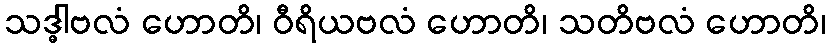
သဒ္ဓါဗလံ ဟောတိ၊ ဝီရိယဗလံ ဟောတိ၊ သတိဗလံ ဟောတိ၊